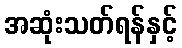
အဆုံးသတ်ရန်နှင့်